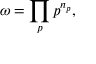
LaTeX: \omega = \prod _ { p } p ^ { n _ { p } } ,